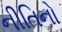
નીતિનો